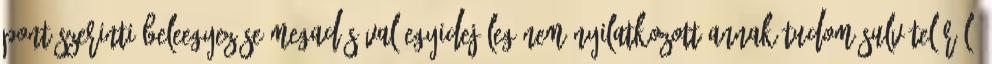
pont szerinti beleegyezése megadásával egyidejűleg nem nyilatkozott annak tudomásulvételéről,